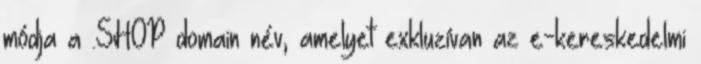
módja a .SHOP domain név, amelyet exkluzívan az e-kereskedelmi